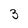
Character: 3